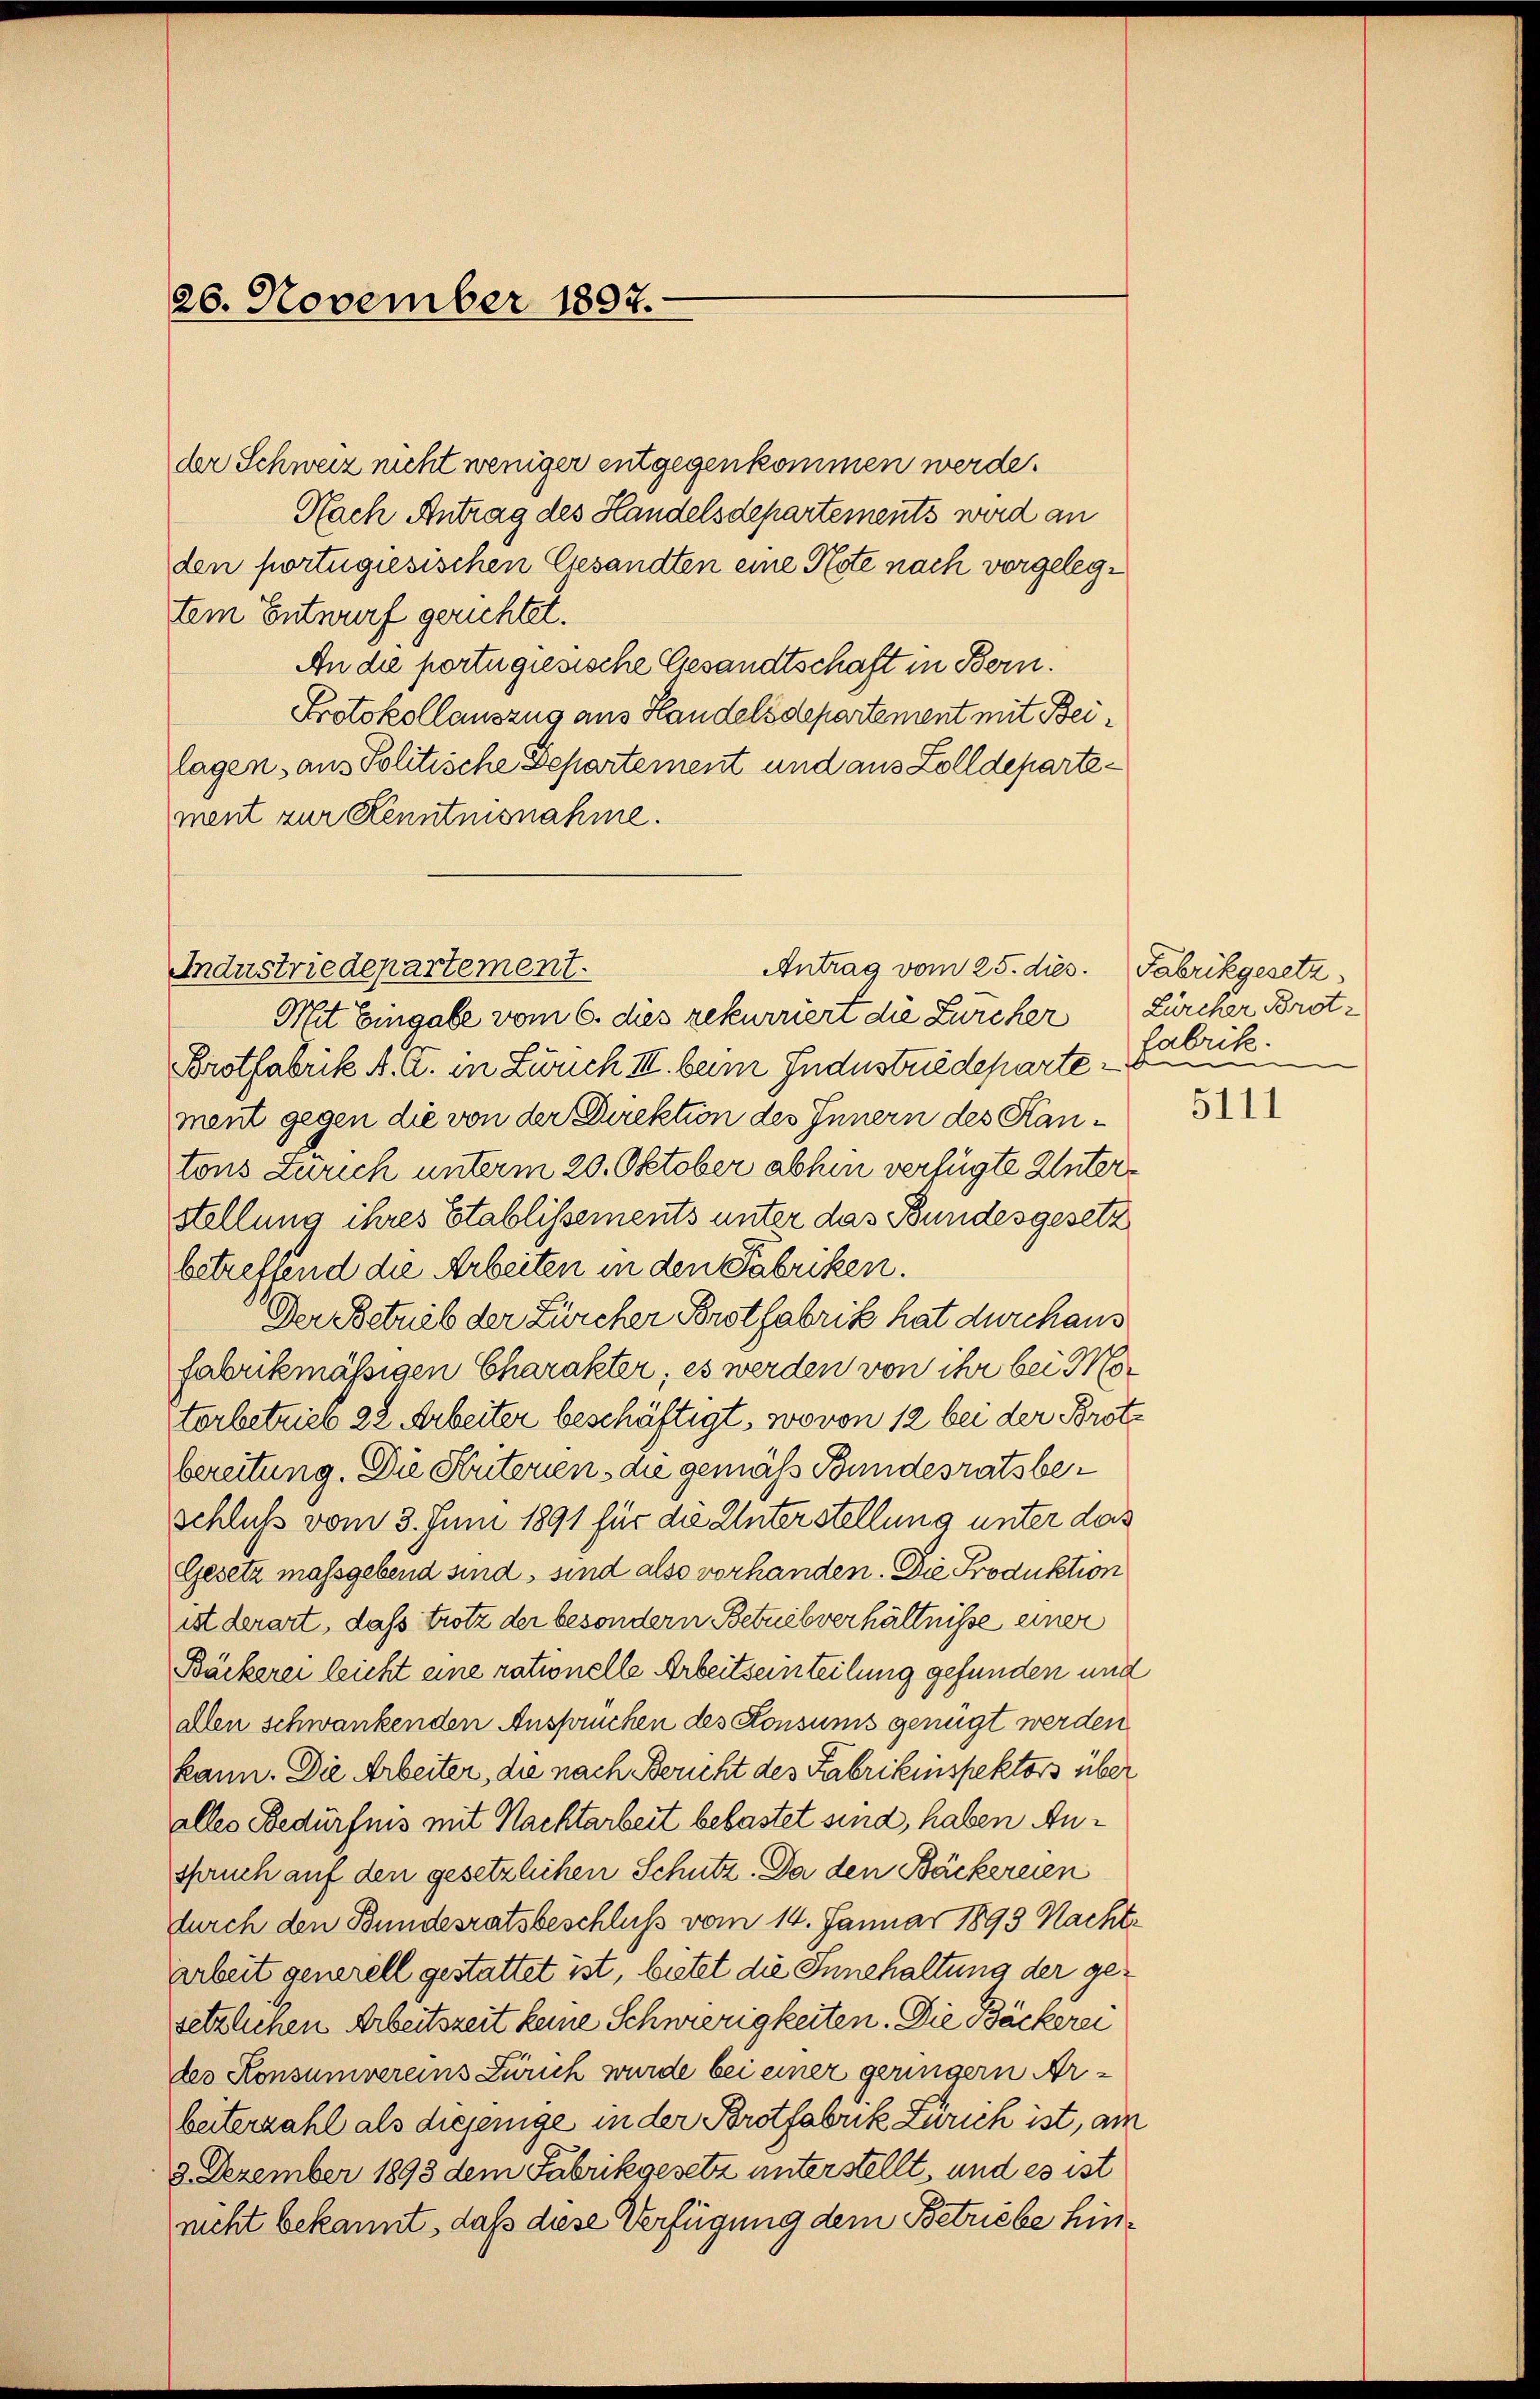
26. November 1897.

der Schweiz nicht weniger entgegenkommen werde.
Nach Antrag des Handelsdepartements wird an
den portugiesischen Gesandten eine Note nach vorgelegtem Entwurf gerichtet.
An die portugiesische Gesandtschaft in Bern.
Protokollauszug aus Handelsdepartement mit Beilagen, aus Politische Departement und aus Zolldepartement zur Kenntnisnahme.

Industriedepartement.
Antrag vom 25. dies. Fabrikgesetz

Mit Eingabe vom 6. dies rekurriert die Zürcher Zürcher Brot¬
Brotfabrik A. G. in Zürich III. beim Industriedeparte, Fabrik.
ment gegen die von der Direktion des Innern des Kantons Zürich unterm 20. Oktober abhin verfügte Unterstellung ihres Etablissements unter das Bundesgesetz
betreffend die Arbeiten in den Fabriken.
Der Betrieb der Zürcher Brotfabrik hat durchaus
fabrikmässigen Charakter; es werden von ihr bei Motorbetrieb 22. Arbeiter beschäftigt, wovon 12 bei der Brote
bereitung. Die Suterien die gemäß Bundesratsbe¬
Schluss vom 3. Juni 1891 für die Unterstellung unter das
Gesetz massgebend sind, sind also vorhanden. Die Produktion
ist derart, daß trotz der besondern Betrieb verhältnisse einer
Bäckerei leicht eine rationelle Arbeitsein teilung gefunden und
alen schwankenden Anspruchen des Konsums genügt werden
kann. Die Arbeiter, die nach Bericht des Fabrikinspektors über
alles Bedürfnis mit Nachtarbeit belastet sind, haben Anspruch auf den gesetzlichen Schutz. Da den Bäckereien
durch den Bundesratsbeschluß vom 14. Januar 1893 Nachtarbeit generell gestattet ist, bietet die Innehaltung der gesetzlichen Arbeitszeit keine Schwierigkeiten. Die Bäckerei
des Konsumvereins Zürich wurde bei einer geringern Arbeiterzahl als diejenige in der Brotfabrik Zürich ist, am
3. Dezember 1893 dem Fabrikgesetz unterstellt, und es ist
nicht bekannt, daß diese Verfügung dem Betriebe hin¬

5111